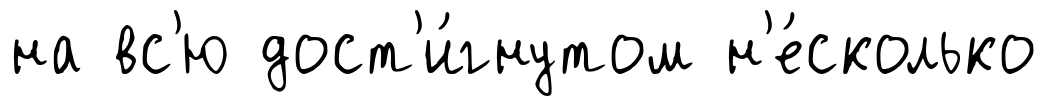
на вс'ю дост'и́гнутом н'е́сколько